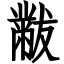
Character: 黻